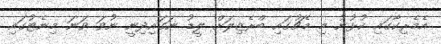
އެމެރިކާގައި ކުޅުނު މި މެޗުގައި ބްރެޒިލަށް ލީޑު ނަގައިދިނީ ނުވަ ވަނަ މިނެޓުގައި